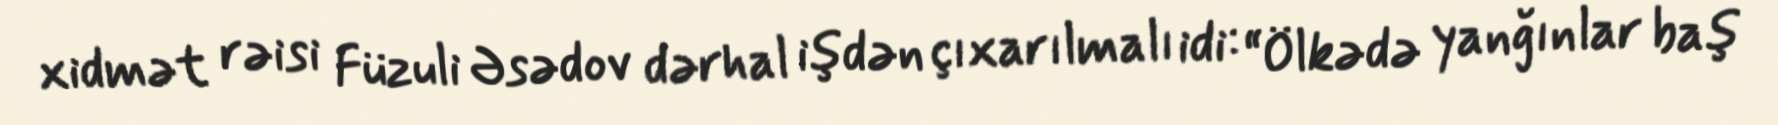
xidmət rəisi Füzuli Əsədov dərhal işdən çıxarılmalı idi: “Ölkədə yanğınlar baş